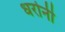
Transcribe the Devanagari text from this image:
धरोनी